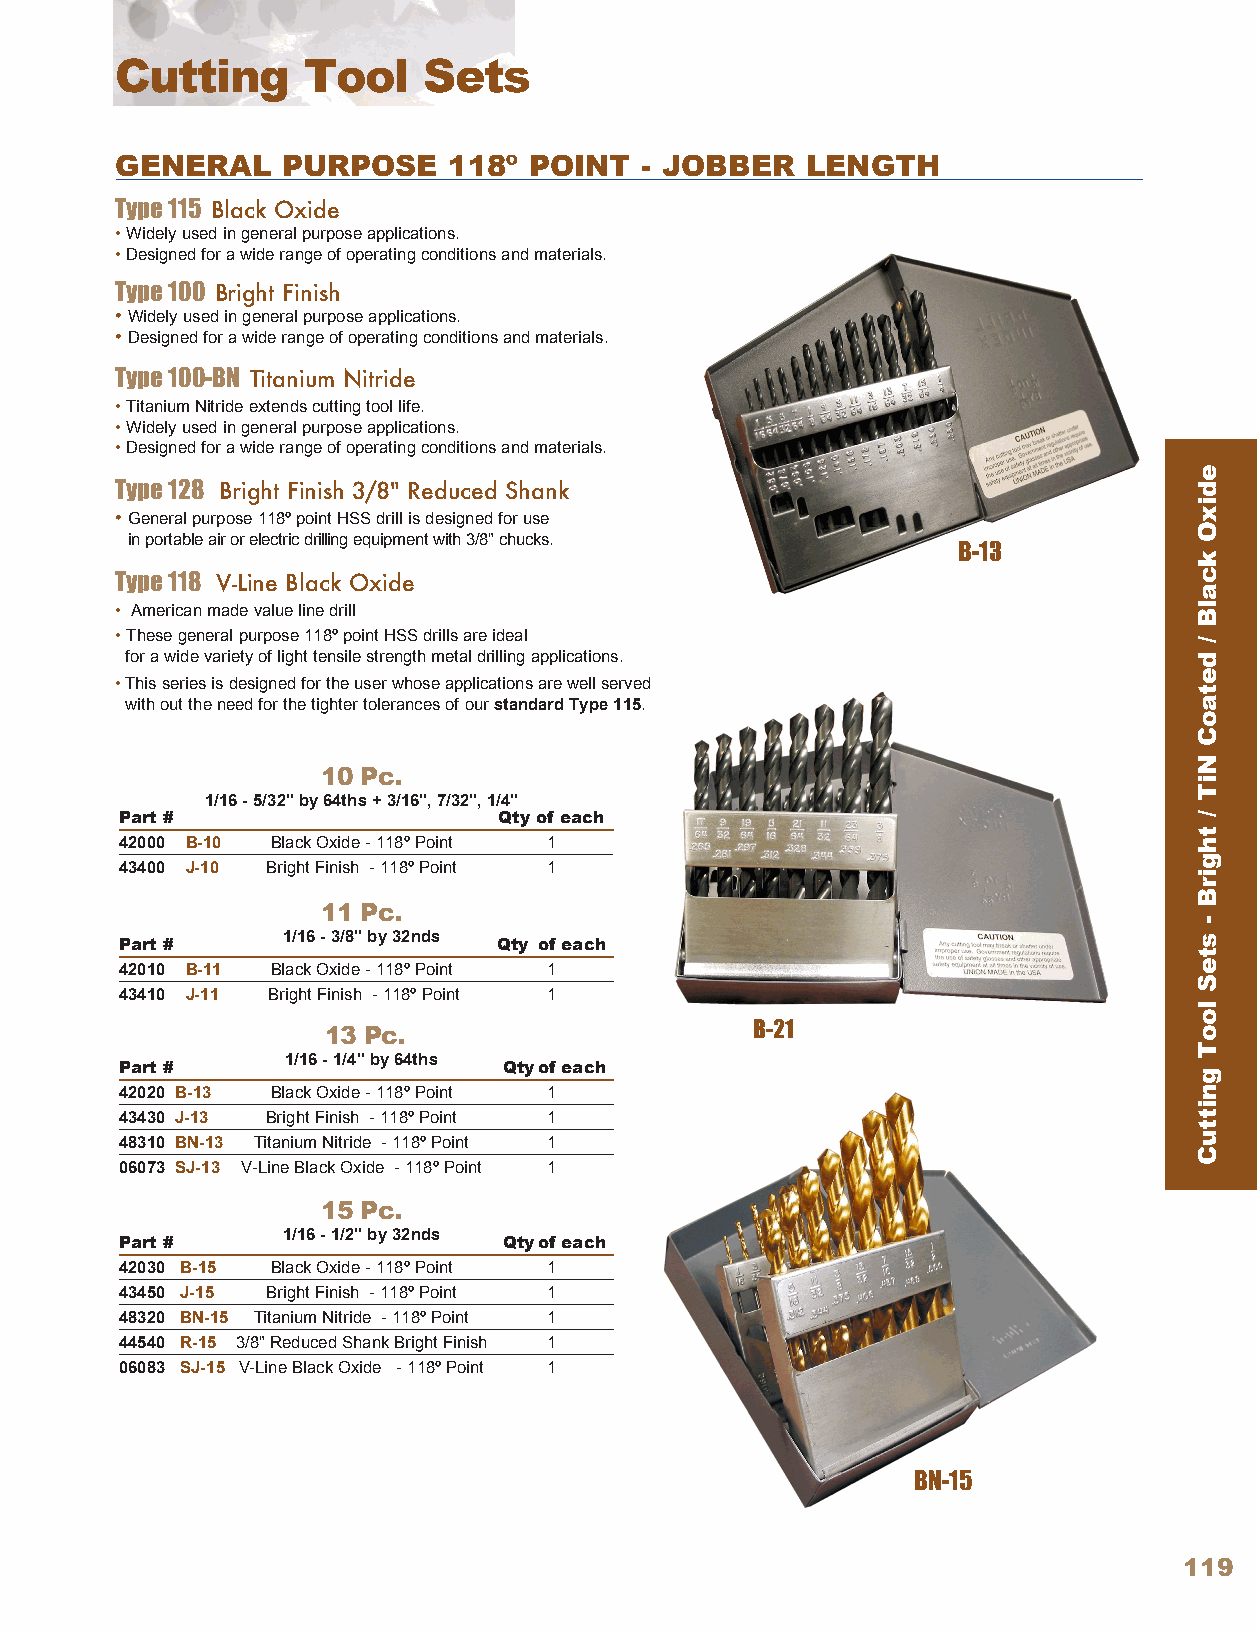
Cutting     Tool    Sets
 GENERAL    PURPOSE    118º POINT  - JOBBER   LENGTH
 Type 115 Black Oxide
 • Widely used in general purpose applications .
 • Designed for a wide range of operating conditions and materials .
 Type 100 Bright Finish
 • Widely used in general purpose applications .
 • Designed for a wide range of operating conditions and materials .
 Type 100-BN Titanium Nitride
 • Titanium Nitride extends cutting tool life .
 • Widely used in general purpose applications .
 • Designed for a wide range of operating conditions and materials .
 Type 128 Bright Finish 3/8" Reduced Shank
 • General purpose 118º point HSS drill is designed for use
 in portable air or electric drilling equipment with 3/8" chucks .
 B-13
 Type 118 V-Line Black Oxide
 • American made value line drill
 • These general purpose 118º point HSS drills are ideal
 for a wide variety of light tensile strength metal drilling applications .
 • This series is designed for the user whose applications are well served
 with out the need for the tighter tolerances of our standard Type 115 .
 10 Pc.
 1/16 - 5/32" by 64ths + 3/16", 7/32", 1/4"
 Part #                   Qty of each
 42000 B-10 Black Oxide - 118º Point 1
 43400 J-10 Bright Finish - 118º Point 1
 11 Pc.
 Part #
 1/16 - 3/8" by 32nds
 Qty of e ach
 42010 B-11 Black Oxide - 118º Point 1
 43410 J-11 Bright Finish - 118º Point 1
 13 Pc.                       B-21
 Part #
 1/16 - 1/4" by 64ths
 Qty of e ach
 42020 B-13 Black Oxide - 118º Point 1
 43430 J-13 Bright Finish - 118º Point 1
 48310 BN-13 Titanium Nitride - 118º Point 1
 06073 SJ-13 V-Line Black Oxide - 118º Point 1
 15 Pc.
 Part #
 1/16 - 1/2" by 32nds
 Qty of e ach
 42030 B-15 Black Oxide - 118º Point 1
 43450 J-15 Bright Finish - 118º Point 1
 48320 BN-15 Titanium Nitride - 118º Point 1
 44540 R-15 3/8" Reduced Shank Bright Finish 1
 06083 SJ-15 V-Line Black Oxide - 118º Point 1
 BN-15
 119
 edixO
 kcalB
 /
 detaoC
 NiT
 /
 thgirB
 -
 steS
 looT
 gnittuC